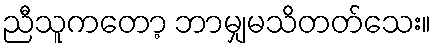
ညီသူကတော့ ဘာမျှမသိတတ်သေး။